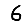
Digit: 6